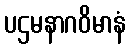
ပဌမနာဂဝိမာနံ